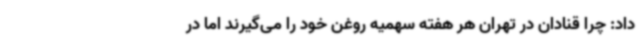
داد: چرا قنادان در تهران هر هفته سهمیه روغن خود را می‌گیرند اما در